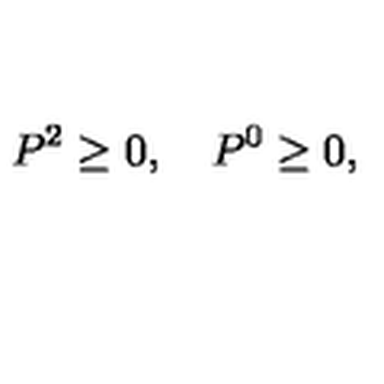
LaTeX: P ^ { 2 } \ge 0 , \quad P ^ { 0 } \ge 0 ,